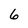
Character: 6